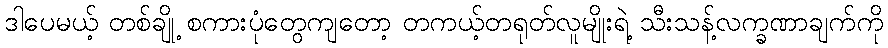
ဒါပေမယ့် တစ်ချို့ စကားပုံတွေကျတော့ တကယ့်တရုတ်လူမျိုးရဲ့ သီးသန့်လက္ခဏာချက်ကို